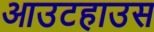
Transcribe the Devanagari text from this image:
आउटहाउस